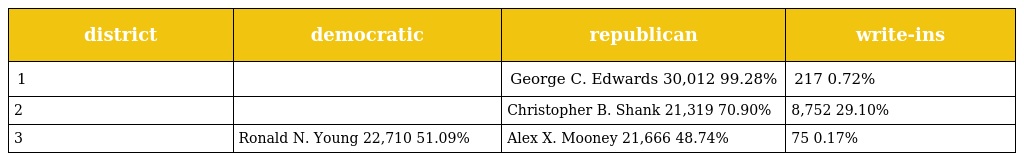
| district | democratic | republican | write-ins |
 | --- | --- | --- | --- |
 | 1 |  | George C. Edwards 30,012 99.28% | 217 0.72% |
 | 2 |  | Christopher B. Shank 21,319 70.90% | 8,752 29.10% |
 | 3 | Ronald N. Young 22,710 51.09% | Alex X. Mooney 21,666 48.74% | 75 0.17% |